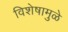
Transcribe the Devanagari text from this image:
विशेषामुळे